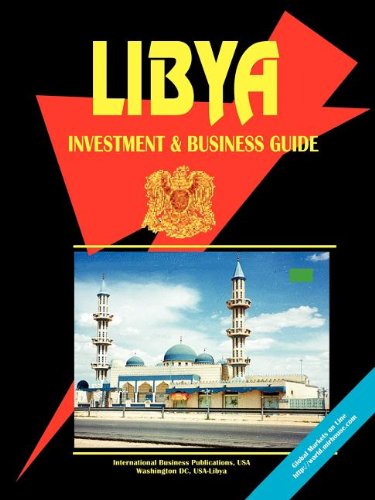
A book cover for Libya Investment and Business Guide; Travel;